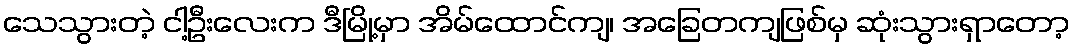
သေသွားတဲ့ ငါ့ဦးလေးက ဒီမြို့မှာ အိမ်ထောင်ကျ၊ အခြေတကျဖြစ်မှ ဆုံးသွားရှာတော့